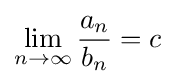
\lim _{n\to \infty }{\frac {a_{n}}{b_{n}}}=c